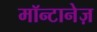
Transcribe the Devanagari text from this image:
मॉन्टानेज़